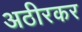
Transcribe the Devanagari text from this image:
अठीरकर